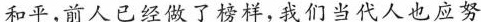
和平，前人已经做了榜样，我们当代人也应努